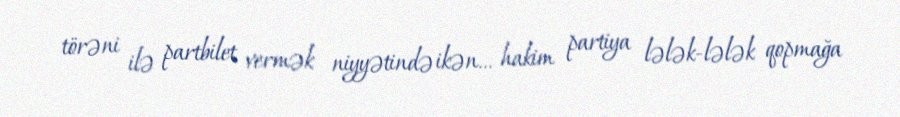
törəni ilə partbilet vermək niyyətində ikən... hakim partiya lələk-lələk qopmağa